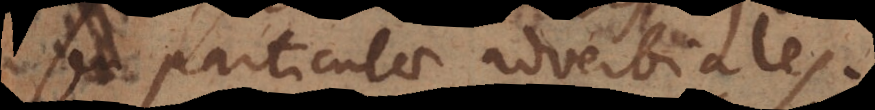
particulae adverbiales.